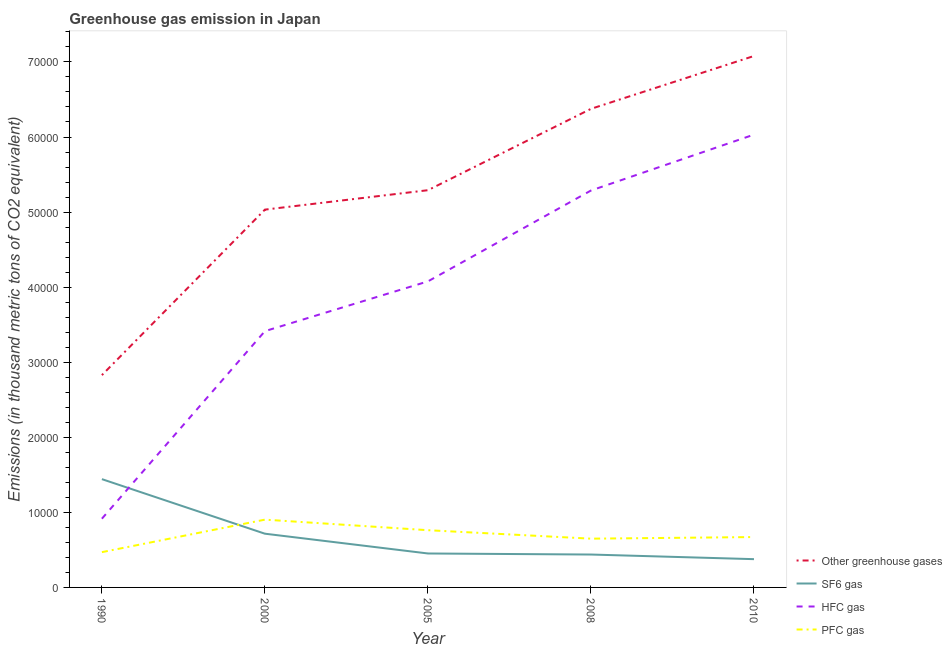
| Year | Other greenhouse gases | SF6 gas | HFC gas | PFC gas |
 | --- | --- | --- | --- | --- |
 | 1990 | 2.83e+04 | 1.44e+04 | 9.15e+03 | 4.7e+03 |
 | 2000 | 5.03e+04 | 7.16e+03 | 3.41e+04 | 9.03e+03 |
 | 2005 | 5.29e+04 | 4.52e+03 | 4.08e+04 | 7.62e+03 |
 | 2008 | 6.38e+04 | 4.38e+03 | 5.29e+04 | 6.5e+03 |
 | 2010 | 7.08e+04 | 3.76e+03 | 6.03e+04 | 6.71e+03 |